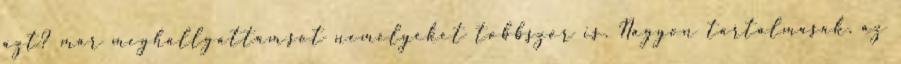
azt? mar meghallgattam,sot nemelyeket tobbszor is. Nagyon tartalmasak. az